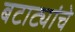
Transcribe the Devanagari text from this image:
बटाट्यांचे